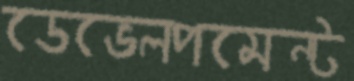
ডেভেলপমেন্ট